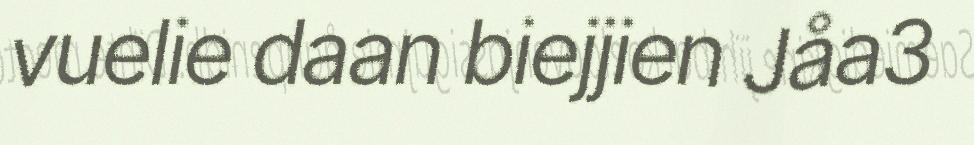
vuelie daan biejjien Jåa3